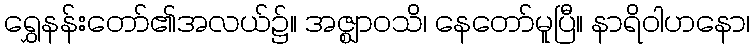
ရွှေနန်းတော်၏အလယ်၌။ အဇ္ဈာဝသိ၊ နေတော်မူပြီ။ နာရိဝါဟနော၊